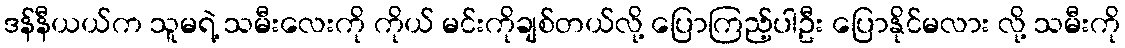
ဒန်နီယယ်က သူမရဲ့ သမီးလေးကို ကိုယ် မင်းကိုချစ်တယ်လို့ ပြောကြည့်ပါဦး ပြောနိုင်မလား လို့ သမီးကို